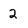
Character: 2